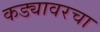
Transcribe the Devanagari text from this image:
कड्यावरचा